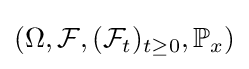
(\Omega ,{\mathcal {F}},({\mathcal {F}}_{t})_{t\geq 0},\mathbb {P} _{x})